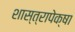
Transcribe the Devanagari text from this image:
शास्त्रापेक्षा